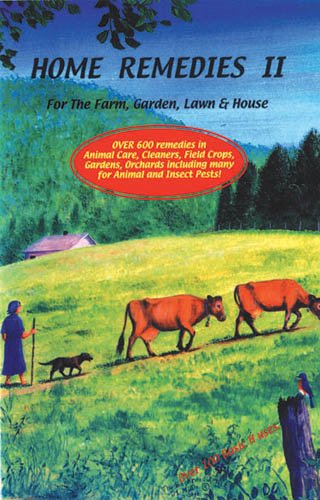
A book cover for Home Remedies II; Various; Crafts, Hobbies & Home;